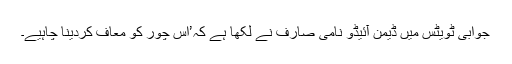
جوابی ٹویٹس میں ڈیمن آئیڈو نامی صارف نے لکھا ہے کہ’اس چور کو معاف کردینا چاہیے۔